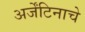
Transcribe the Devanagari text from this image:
अर्जेंटिनाचे